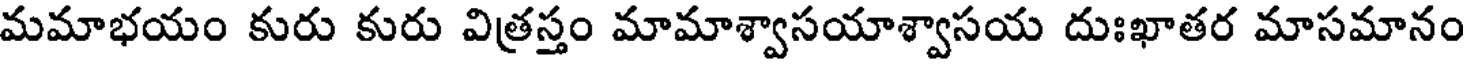
మమాభయం కురు కురు విత్రస్తం మామాశ్వాసయాశ్వాసయ దుఃఖాతర మాసమానం